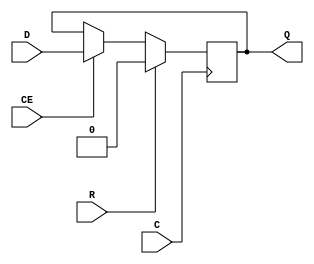
module FDRE_ZINI (output reg Q, input C, CE, D, R);
  parameter [0:0] ZINI = 1'b0;
  parameter [0:0] IS_C_INVERTED = 1'b0;
  initial Q <= !ZINI;
  generate case (|IS_C_INVERTED)
    1'b0: always @(posedge C) if (R) Q <= 1'b0; else if (CE) Q <= D;
    1'b1: always @(negedge C) if (R) Q <= 1'b0; else if (CE) Q <= D;
  endcase endgenerate
endmodule